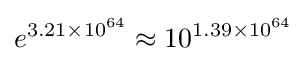
e^{3.21\times 10^{64}}\approx 10^{1.39\times 10^{64}}